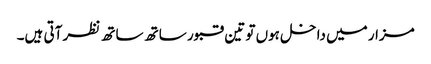
مزار میں داخل ہوں تو تین قبور ساتھ ساتھ نظر آتی ہیں۔